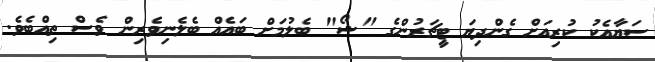
ސަޔާއެކު ކުރިއަށް ގެންދިޔަ ޓީޗަރުންގެ "ޝޯ" ބެލުމަށް ބައެއް ބެލެނިވެރިން ވެސް ތިއްބެވެ.